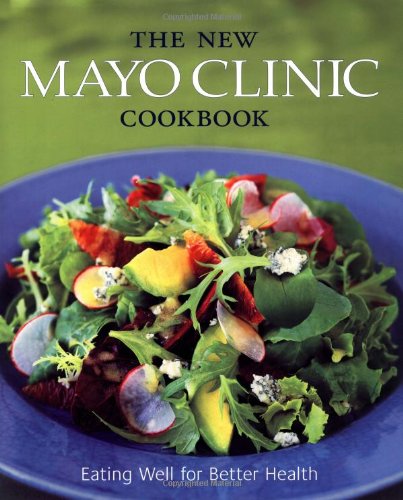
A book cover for The New Mayo Clinic Cookbook: Eating Well for Better Health; Donald D. Hensrud; Health, Fitness & Dieting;